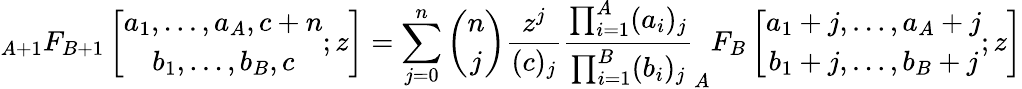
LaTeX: _{A+1}F_{B+1}\left[{\begin{array}{c}{a_{1},\ldots,a_{A},c+n}\\ {b_{1},\ldots,b_{B},c}\end{array}};z\right]=\sum_{j=0}^{n}{\binom{n}{j}}{\frac{z^{j}}{(c)_{j}}}{\frac{\prod_{i=1}^{A}(a_{i})_{j}}{\prod_{i=1}^{B}(b_{i})_{j}}}_{A}F_{B}\left[{\begin{array}{c}{a_{1}+j,\ldots,a_{A}+j}\\ {b_{1}+j,\ldots,b_{B}+j}\end{array}};z\right]